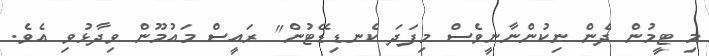
މި ޓީމުން ދެން ނިކުންނާނީވެސް މިފަދަ ކެނޑިޑޭޓުން" ރައީސް މައުމޫން ވިދާޅުވި އެވެ.